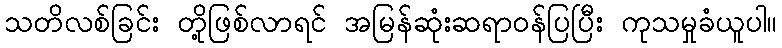
သတိလစ်ခြင်း တို့ဖြစ်လာရင် အမြန်ဆုံးဆရာဝန်ပြပြီး ကုသမှုခံယူပါ။